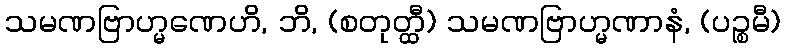
သမဏဗြာဟ္မဏေဟိ, ဘိ, (စတုတ္ထီ) သမဏဗြာဟ္မဏာနံ, (ပဉ္စမီ)